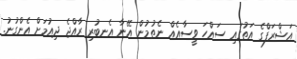
އަޝްރަފްގެ އަތުގައި ސައްހަ ވީސާއެއް ނެތުމުން އޭނާ އެނބުރި ރާއްޖެ ދިއުމަށް އެންގުނު.